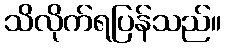
သိလိုက်ရပြန်သည်။